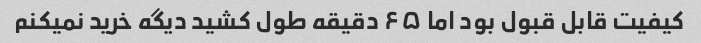
کیفیت قابل قبول بود اما ۶۵ دقیقه طول کشید دیگه خرید نمیکنم